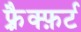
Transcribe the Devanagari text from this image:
फ़्रैक्फ़र्ट